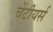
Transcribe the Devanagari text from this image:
चेंटीयर्स